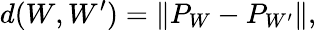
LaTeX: d(W,W^{\prime})=\lVert P_{W}-P_{W^{\prime}}\rVert,